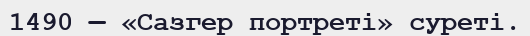
1490 — «Сазгер портреті» суреті.